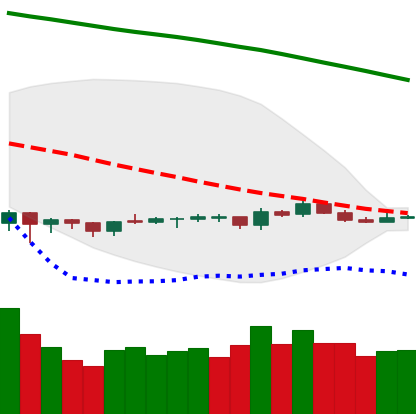
Ticker: LTC-USD
Chart end date: 2019-10-14
Forward return: -5.162%
Label: down_5_7